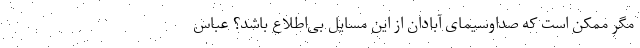
مگر ممکن است که صداوسیمای آبادان از این مسایل بی‌اطلاع باشد؟ عباس